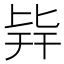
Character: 𣬊